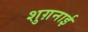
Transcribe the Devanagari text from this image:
शुग़नाई